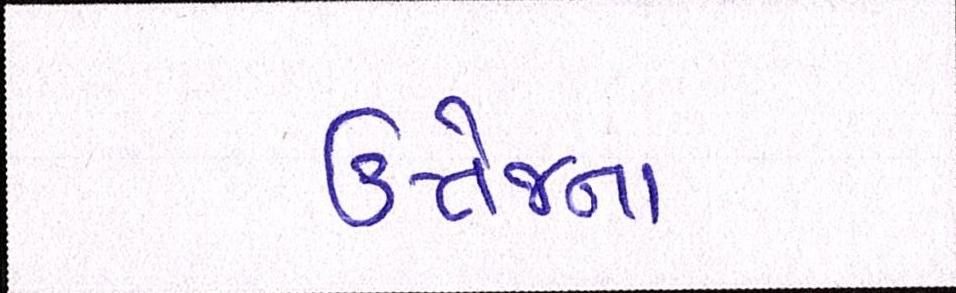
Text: ઉત્તેજના